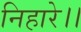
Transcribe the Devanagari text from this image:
निहारे।।